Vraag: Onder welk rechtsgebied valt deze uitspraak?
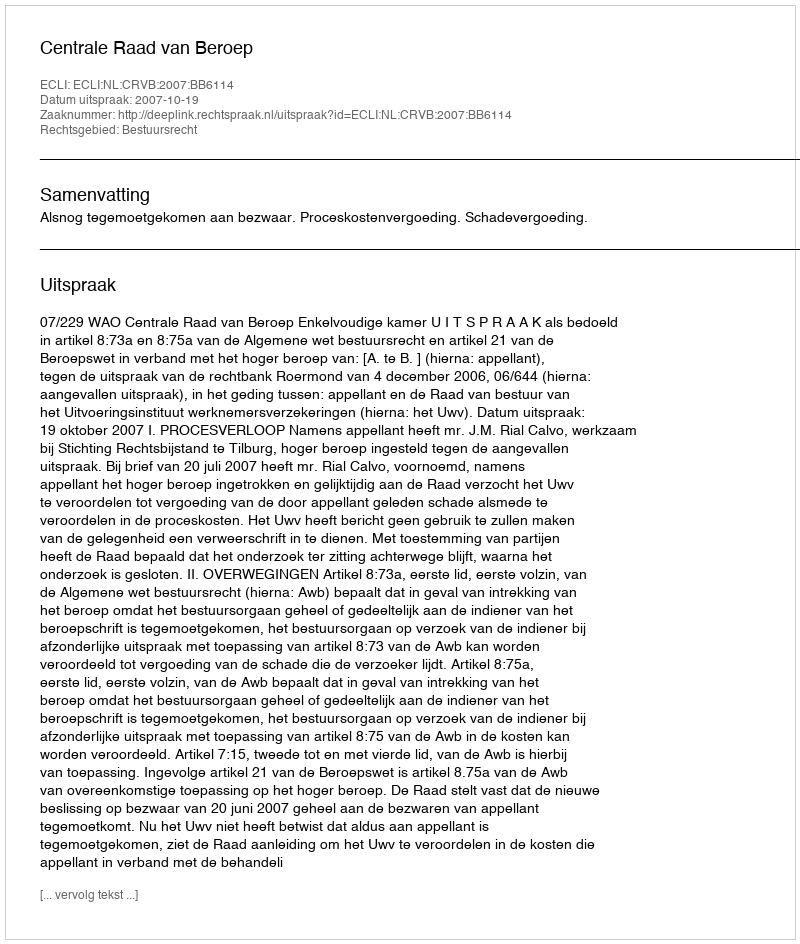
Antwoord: Bestuursrecht